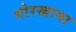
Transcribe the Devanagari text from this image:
गोरखामा